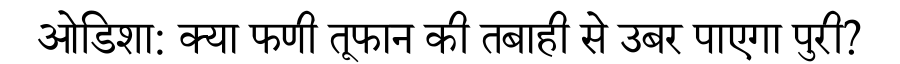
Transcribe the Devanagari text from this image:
ओडिशा: क्या फणी तूफान की तबाही से उबर पाएगा पुरी?